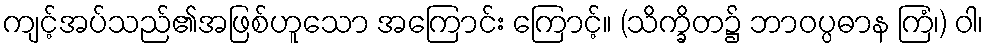
ကျင့်အပ်သည်၏အဖြစ်ဟူသော အကြောင်း ကြောင့်။ (သိက္ခိတ၌ ဘာဝပ္ပဓာန ကြံ၊) ဝါ၊